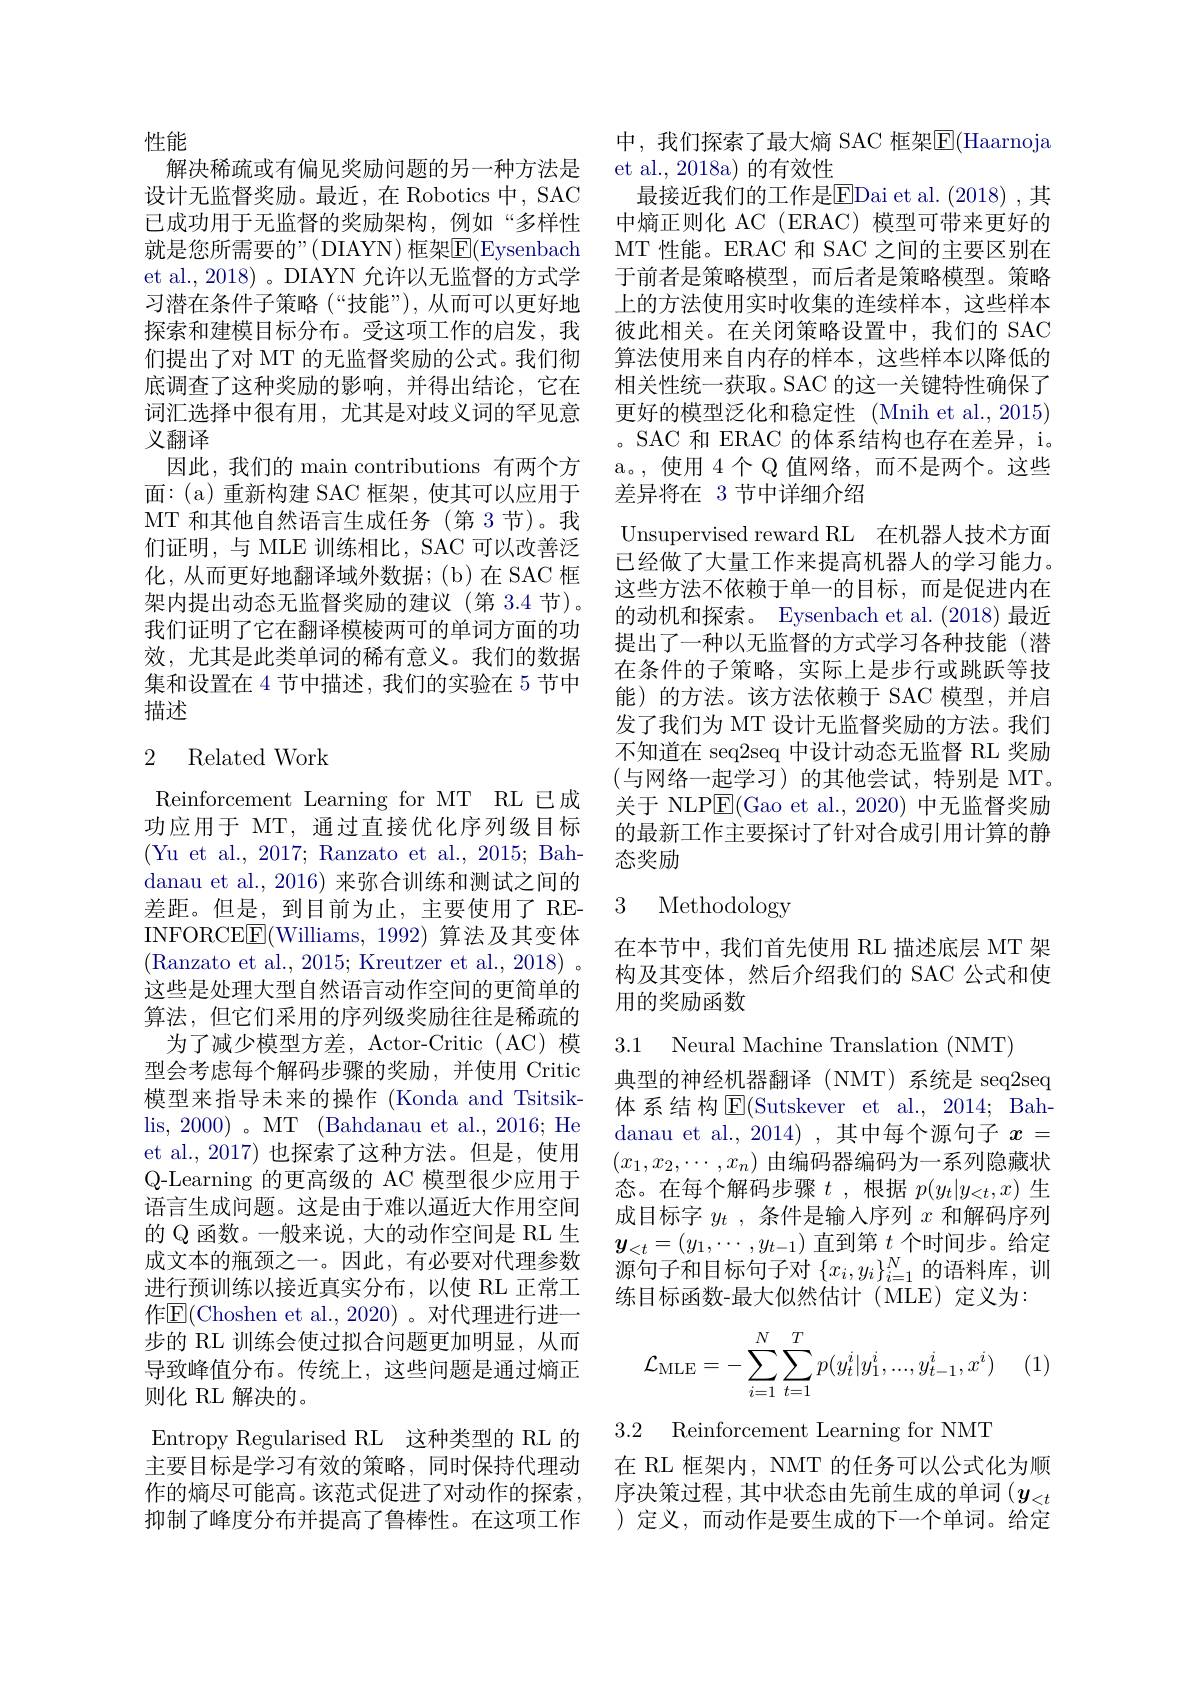
性能
解决稀疏或有偏见奖励问题的另一种方法是设计无监督奖励。最近，在 Robotics 中，SAC 已成功用于无监督的奖励架构，例如“多样性就是您所需要的”(DIAYN)框架$\boxed{\mathrm{F}}($Eysenbach et al., 2018) 。DIAYN 允许以无监督的方式学习潜在条件子策略(“技能”),从而可以更好地探索和建模目标分布。受这项工作的启发，我们提出了对 MT 的无监督奖励的公式。我们彻底调查了这种奖励的影响，并得出结论，它在词汇选择中很有用，尤其是对歧义词的罕见意义翻译
因此，我们的 main contributions 有两个方面：(a)重新构建 SAC 框架，使其可以应用于MT 和其他自然语言生成任务(第3节)。我们证明，与 MLE 训练相比，SAC 可以改善泛化，从而更好地翻译域外数据；(b)在SAC 框架内提出动态无监督奖励的建议(第 3.4 节)。我们证明了它在翻译模棱两可的单词方面的功效，尤其是此类单词的稀有意义。我们的数据集和设置在 4 节中描述，我们的实验在 5 节中描述

### 2 Related Work

Reinforcement Learning for MT RL 已成功应用于 MT, 通过直接优化序列级目标(Yu et al., 2017; Ranzato et al., 2015; Bahdanau et al., 2016) 来弥合训练和测试之间的差距。但是，到目前为止，主要使用了 REINFORCE$\underline{\mathrm{E}}($Williams, 1992) 算法及其变体(Ranzato et al., 2015; Kreutzer et al., 2018) 。这些是处理大型自然语言动作空间的更简单的算法，但它们采用的序列级奖励往往是稀疏的
为了减少模型方差，Actor-Critic(AC) 模型会考虑每个解码步骤的奖励，并使用 Critic 模型来指导未来的操作 (Konda and Tsitsiklis, 2000) 。MT (Bahdanau et al., 2016; He et al.,2017) 也探索了这种方法。但是，使用Q-Learning 的更高级的 AC 模型很少应用于语言生成问题。这是由于难以逼近大作用空间的 Q 函数。一般来说，大的动作空间是 RL 生成文本的瓶颈之一。因此，有必要对代理参数进行预训练以接近真实分布，以使 RL 正常工作$\mathbb{E}($Choshen et al.,2020)。对代理进行进一步的 RL 训练会使过拟合问题更加明显，从而导致峰值分布。传统上，这些问题是通过熵正则化 RL 解决的。
Entropy Regularised RL 这种类型的 RL 的主要目标是学习有效的策略，同时保持代理动作的熵尽可能高。该范式促进了对动作的探索，序决策过程，其中状态由先前生成的单词$(y_{<t}$ 抑制了峰度分布并提高了鲁棒性。在这项工作 )定义，而动作是要生成的下一个单词。给定

中，我们探索了最大熵 SAC 框架$\overline{\mathrm{E}}($Haarnoja
et al., 2018a) 的有效性
最接近我们的工作是$\overline{\mathrm{EDai~et~al.~(2018)~,~其}}$ 中熵正则化 AC (ERAC) 模型可带来更好的MT 性能。ERAC 和 SAC 之间的主要区别在于前者是策略模型，而后者是策略模型。策略上的方法使用实时收集的连续样本，这些样本彼此相关。在关闭策略设置中，我们的 SAC 算法使用来自内存的样本，这些样本以降低的相关性统一获取。SAC 的这一关键特性确保了更好的模型泛化和稳定性 (Mnih et al., 2015) 。SAC 和 ERAC 的体系结构也存在差异，i。a。,使用 4 个 Q 值网络，而不是两个。这些差异将在 3 节中详细介绍
Unsupervised reward RL 在机器人技术方面已经做了大量工作来提高机器人的学习能力。这些方法不依赖于单一的目标，而是促进内在的动机和探索。Eysenbach et al. (2018) 最近提出了一种以无监督的方式学习各种技能(潜在条件的子策略，实际上是步行或跳跃等技能)的方法。该方法依赖于 SAC 模型，并启发了我们为 MT 设计无监督奖励的方法。我们不知道在 seq2seq 中设计动态无监督 RL 奖励(与网络一起学习)的其他尝试，特别是 MT。关于 NLP$\boxed{\mathrm{E}}($Gao et al., 2020) 中无监督奖励的最新工作主要探讨了针对合成引用计算的静态奖励
3 Methodology

在本节中，我们首先使用 RL 描述底层 MT 架构及其变体，然后介绍我们的 SAC 公式和使用的奖励函数

3.1 Neural Machine Translation (NMT)
典型的神经机器翻译(NMT)系统是 seq2seq 体系结构$\operatorname{E}($Sutskever et al., 2014; Bahdanau et al., 2014) , 其中每个源句子$x=$ $(x_1,x_2,\cdots,x_n)$由编码器编码为一系列隐藏状态。在每个解码步骤$t$,根据$p(y_t|y_{<t},x)$ 生成目标字$y_t$ ,条件是输人序列$x$和解码序列$\boldsymbol{y}_{<t}=(y_1,\cdots,y_{t-1})$直到第$t$个时间步。给定源句子和目标句子对$\{x_i,y_i\}_{i=1}^N$的语料库，训练目标函数-最大似然估计(MLE)定义为：
$$\mathcal{L}_{\mathrm{MLE}}=-\sum_{i=1}^N\sum_{t=1}^Tp(y_t^i|y_1^i,...,y_{t-1}^i,x^i)$$
3.2 Reinforcement Learning for NMT

在 RL 框架内，NMT 的任务可以公式化为顺